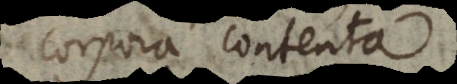
corpora contenta